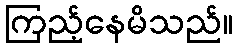
ကြည့်နေမိသည်။